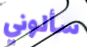
سألوني